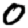
Digit: 0